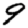
Digit: 9